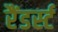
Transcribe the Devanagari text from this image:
रैंडर्स्ट